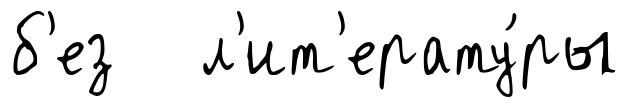
б'ез л'ит'ерату́ры